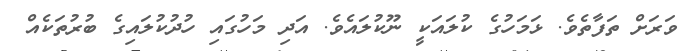
ވަރަށް ތަފާތެވެ. ޅަމަހުގެ ކުލައަކީ ނޫކުލައެވެ. އަދި މަހުގައި ހުދުކުލައިގެ ބުރުތަކެއް